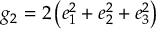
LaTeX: g _ { 2 } = 2 \left( e _ { 1 } ^ { 2 } + e _ { 2 } ^ { 2 } + e _ { 3 } ^ { 2 } \right)